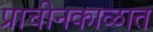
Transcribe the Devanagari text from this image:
प्राचीनकाळात